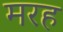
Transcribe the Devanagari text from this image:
मरह